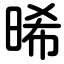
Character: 晞